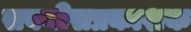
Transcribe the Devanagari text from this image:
सबनीसप्रकाशक